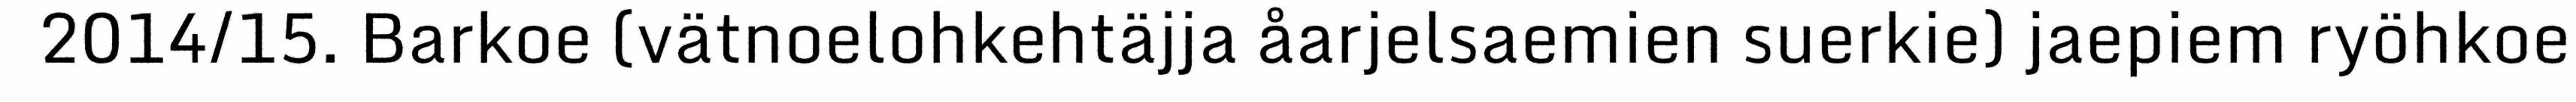
2014/15. Barkoe (vätnoelohkehtäjja åarjelsaemien suerkie) jaepiem ryöhkoe